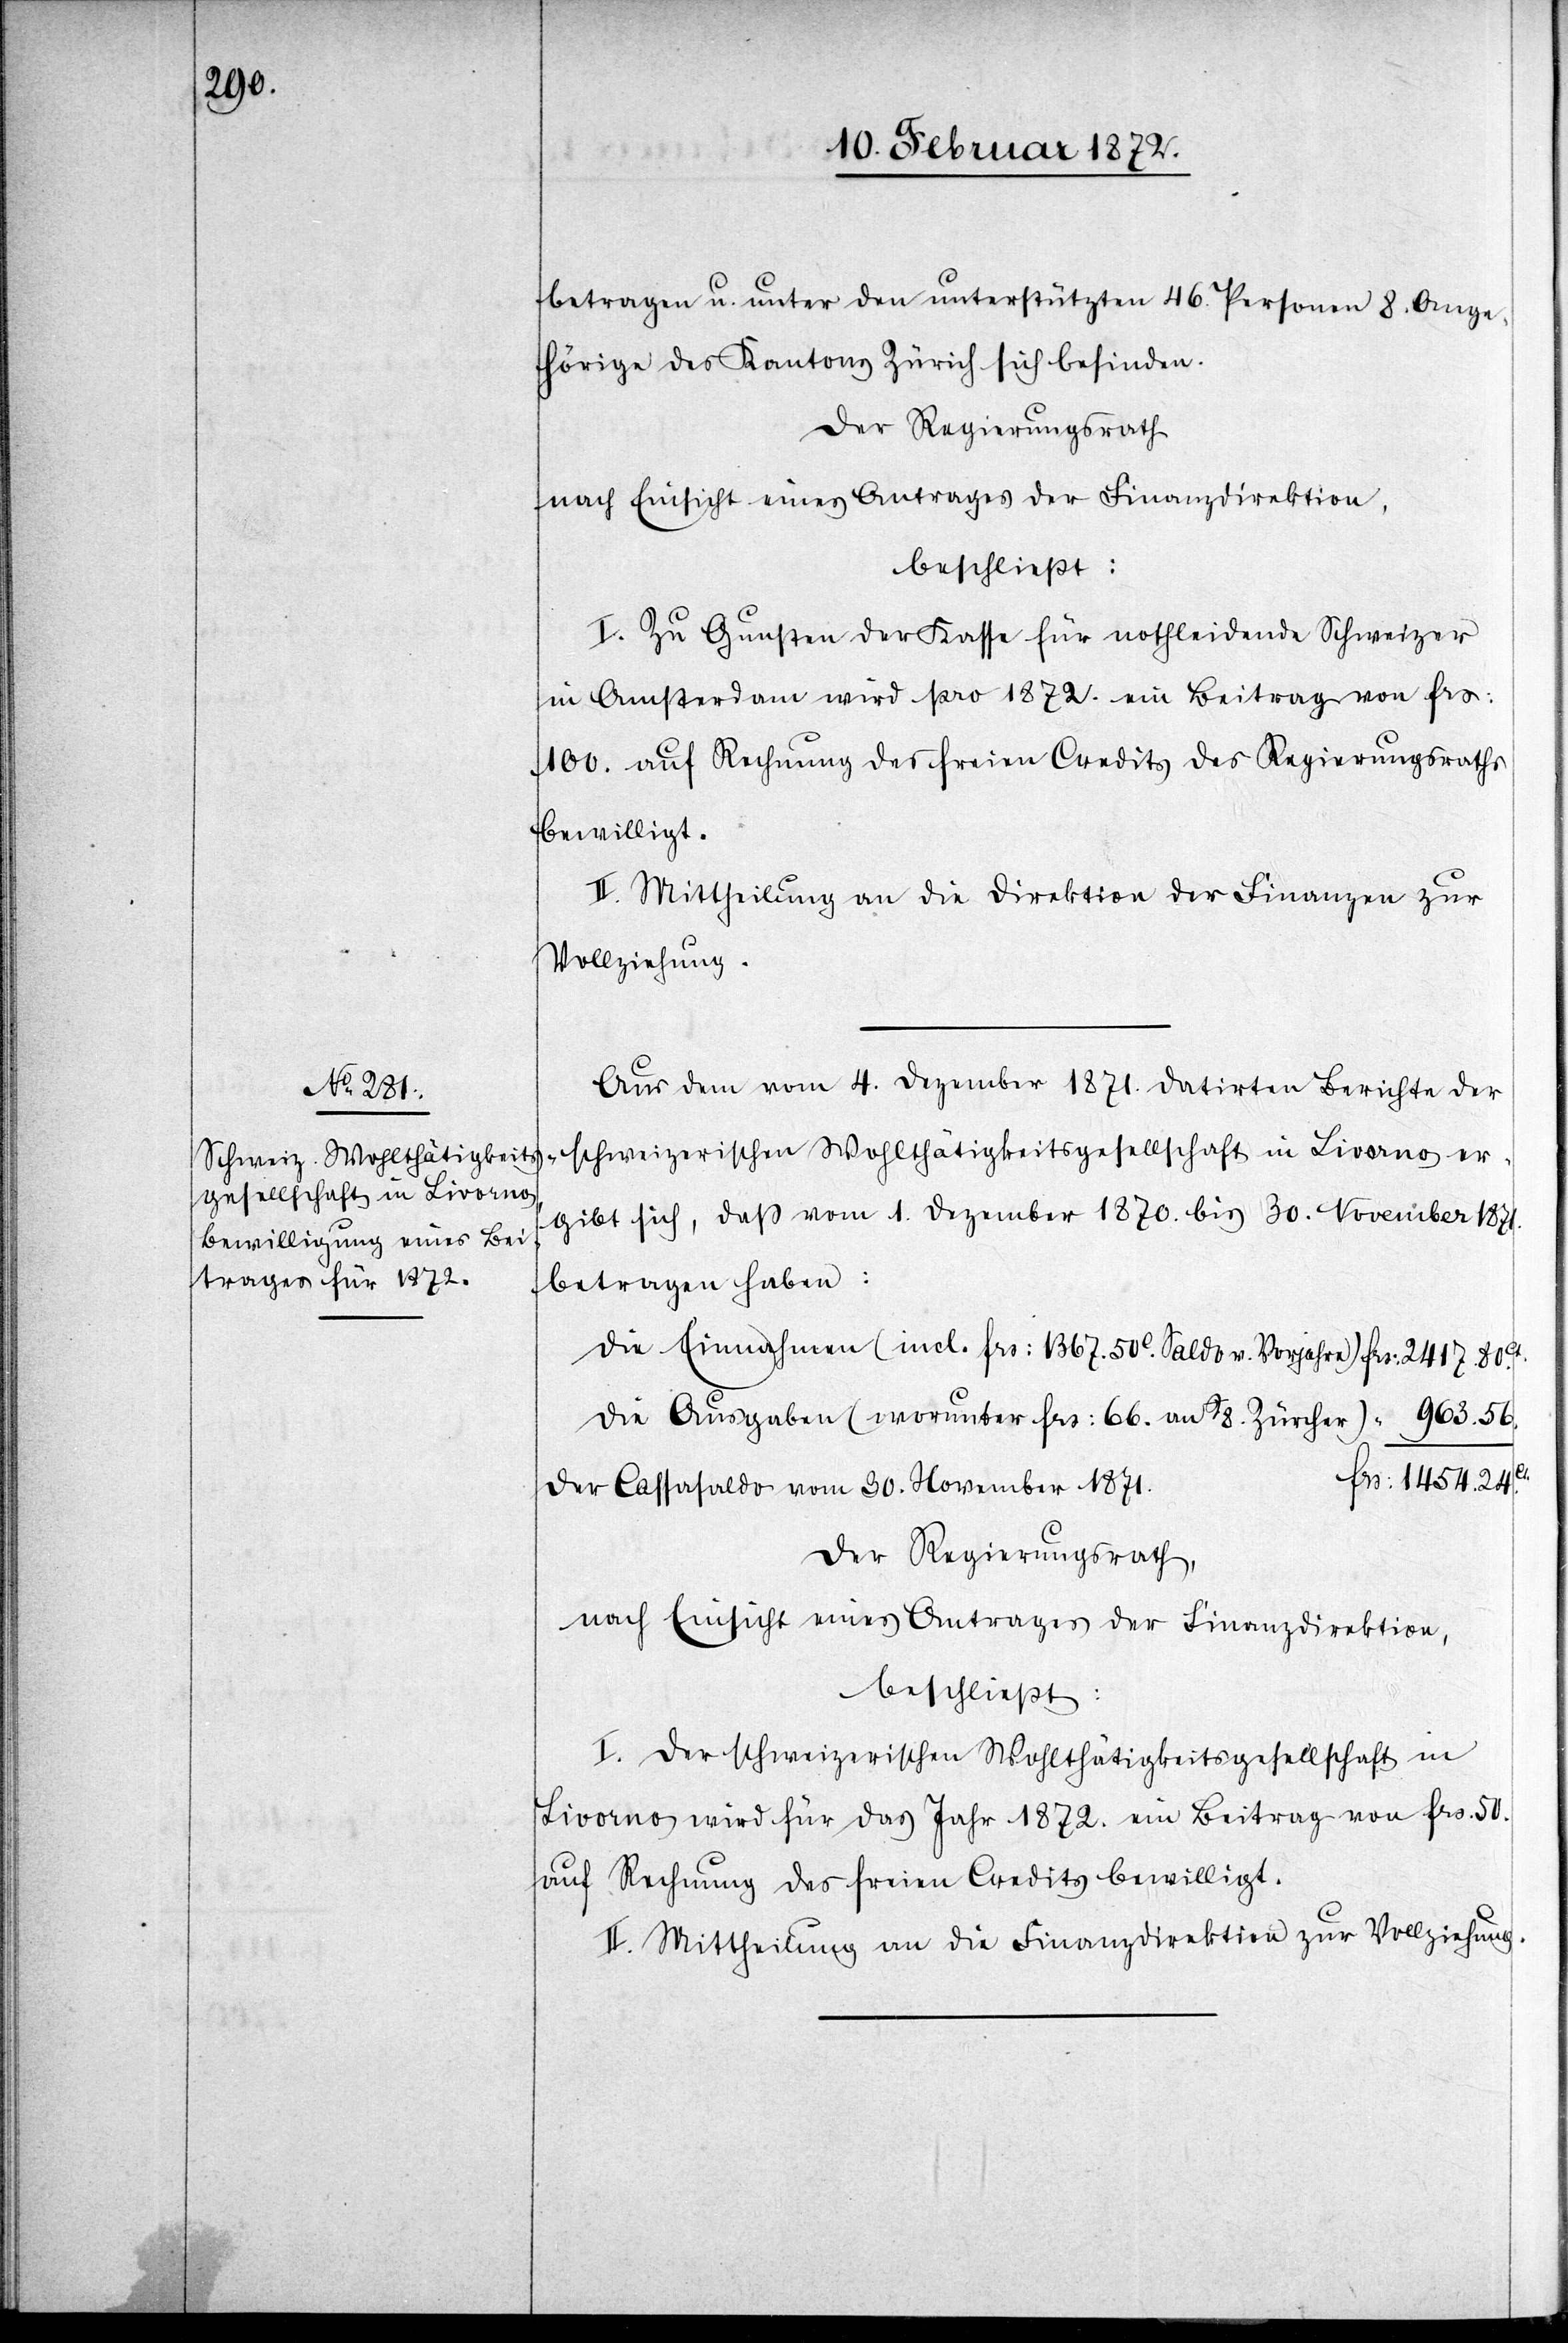
betragen u. unter den unterstützten 46. Personen 8. Ange¬
hörige des Kantons Zürich sich befinden.
Der Regierungsrath
nach Einsicht eines Antrages der Finanzdirektion,
beschließt:
I. Zu Gunsten der Kasse für nothleidende Schweizer
in Amsterdam wird pro 1872. ein Beitrag von frs.
100. auf Rechnung des freien Credits des Regierungsraths
bewilligt.
II. Mittheilung an die Direktion der Finanzen zur
Vollziehung.
Aus dem vom 4. Dezember 1871. datirten Berichte der
schweizerischen Wohltätigkeitsgesellschaft in Livorno er¬
gibt sich, daß vom 1. Dezember 1870. bis 30. November 1871
betragen haben:
die Einnahmen (incl. frs. 1367.50c Saldo v. Vorjahre)
die Ausgaben (worunter frs. 66. an 8. Zürcher)
frs. 1454.24ct.
der Cassasaldo vom 30. November 1871.
Der Regierungsrath,
nach Einsicht eines Antrages der Finanzdirektion,
beschließt:
I. Der schweizerischen Wohltätigkeitsgesellschaft in
Livorno wird für das Jahr 1872. ein Beitrag von frs. 50.
auf Rechnung des freien Credits bewilligt.
II. Mittheilung an die Finanzdirektion zur Vollziehung.